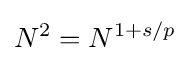
N^{2}=N^{1+s/p}